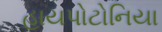
હાયપોટોનિયા